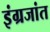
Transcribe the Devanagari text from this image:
इंग्रजांत